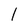
Character: I